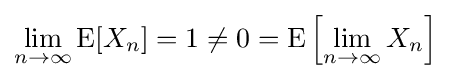
\lim _{n\to \infty }\operatorname {E} [X_{n}]=1\neq 0=\operatorname {E} \left[\lim _{n\to \infty }X_{n}\right]